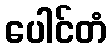
ပေါင်တံ